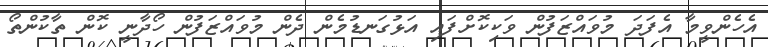
އެހެންވީމާ އެފަދަ މުވައްޒަފުން ވަކިކޮށްފައި އަޅުގަނޑުމެން ދެން މުވައްޒަފުން ހޯދާނީ ކޮން ތާކުންތޯ